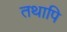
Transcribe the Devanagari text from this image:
तथापि